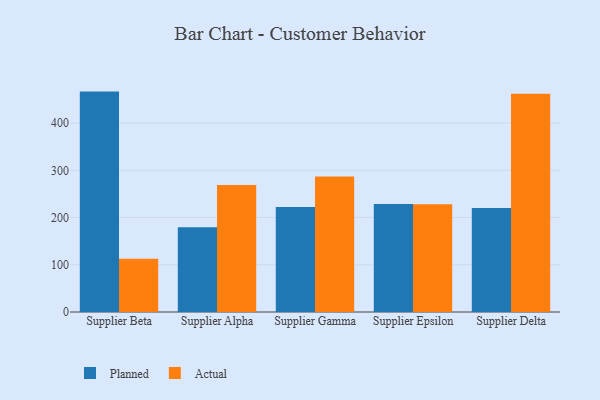
{"axis": {"x": "Supplier", "y": "LTV (USD)"}, "legend": ["Actual", "Planned"], "data": [{"x": "Supplier Beta", "y": 466.7, "type": "Planned"}, {"x": "Supplier Beta", "y": 112.8, "type": "Actual"}, {"x": "Supplier Alpha", "y": 179.2, "type": "Planned"}, {"x": "Supplier Alpha", "y": 268.9, "type": "Actual"}, {"x": "Supplier Gamma", "y": 222.1, "type": "Planned"}, {"x": "Supplier Gamma", "y": 286.9, "type": "Actual"}, {"x": "Supplier Epsilon", "y": 228.6, "type": "Planned"}, {"x": "Supplier Epsilon", "y": 227.9, "type": "Actual"}, {"x": "Supplier Delta", "y": 220.2, "type": "Planned"}, {"x": "Supplier Delta", "y": 462.4, "type": "Actual"}]}